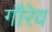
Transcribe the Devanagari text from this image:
गौरेव